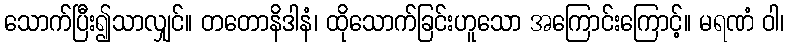
သောက်ပြီး၍သာလျှင်။ တတောနိဒါနံ၊ ထိုသောက်ခြင်းဟူသော အကြောင်းကြောင့်။ မရဏံ ဝါ၊